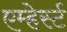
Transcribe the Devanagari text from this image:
एम्हेर्स्ट